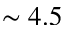
\sim 4 . 5